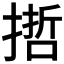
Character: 𢲃